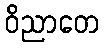
ဝိညာတေ